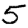
Digit: 5